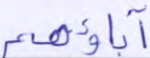
آباؤهم